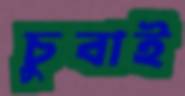
চুবাই